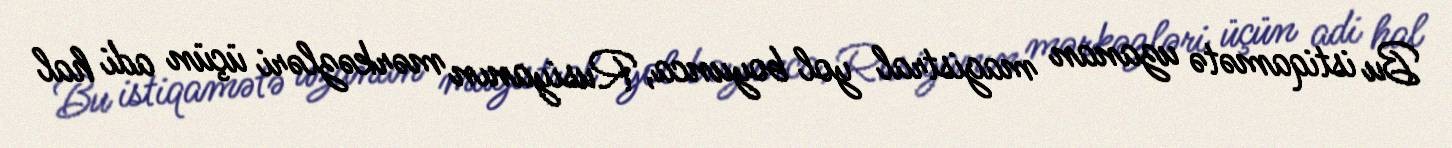
Bu istiqamətə uzanan magistral yol boyunca, Rusiyanın mərkəzləri üçün adi hal